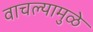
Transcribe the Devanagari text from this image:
वाचल्यामुळे